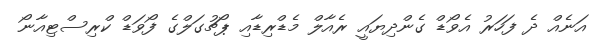
އަނެއް ދެ ފަހަރު އެވޯޑް ގެންދިޔައީ ރެއާލް މެޑްރިޑާއި ޕޯޗުގަލްގެ ފޯވަޑް ކްރިސްޓިއާނޯ